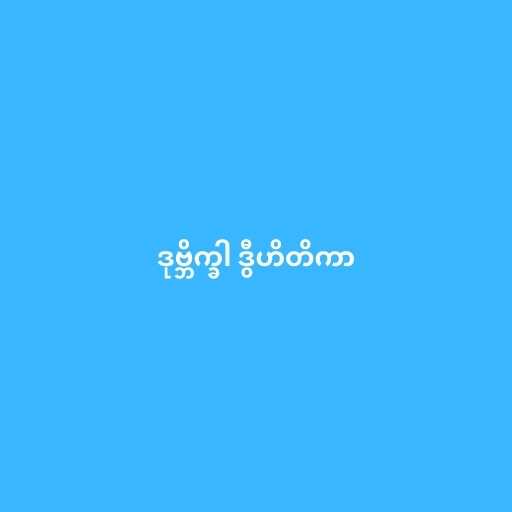
ဒုဗ္ဘိက္ခါ ဒွီဟိတိကာ